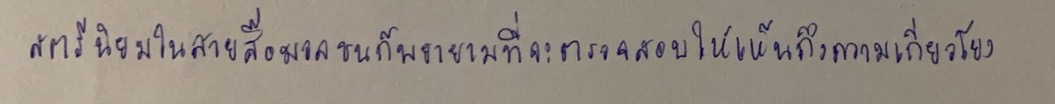
สตรีนิยมในสายสื่อมวลชนก็พยายามที่จะตรวจสอบให้เห็นถึงความเกี่ยวโยง